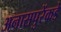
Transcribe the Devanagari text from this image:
अनासपुरेंकडे